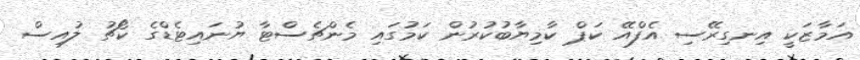
އަމާޒަކީ އިނގިރޭސި އެފްއޭ ކަޕް ކާމިޔާބުކުރުން ކަމުގައި މެންޗެސްޓާ ޔުނައިޓެޑްގެ ކޯޗު ލުއިސް